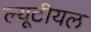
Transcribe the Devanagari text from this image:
ल्यूटीयल